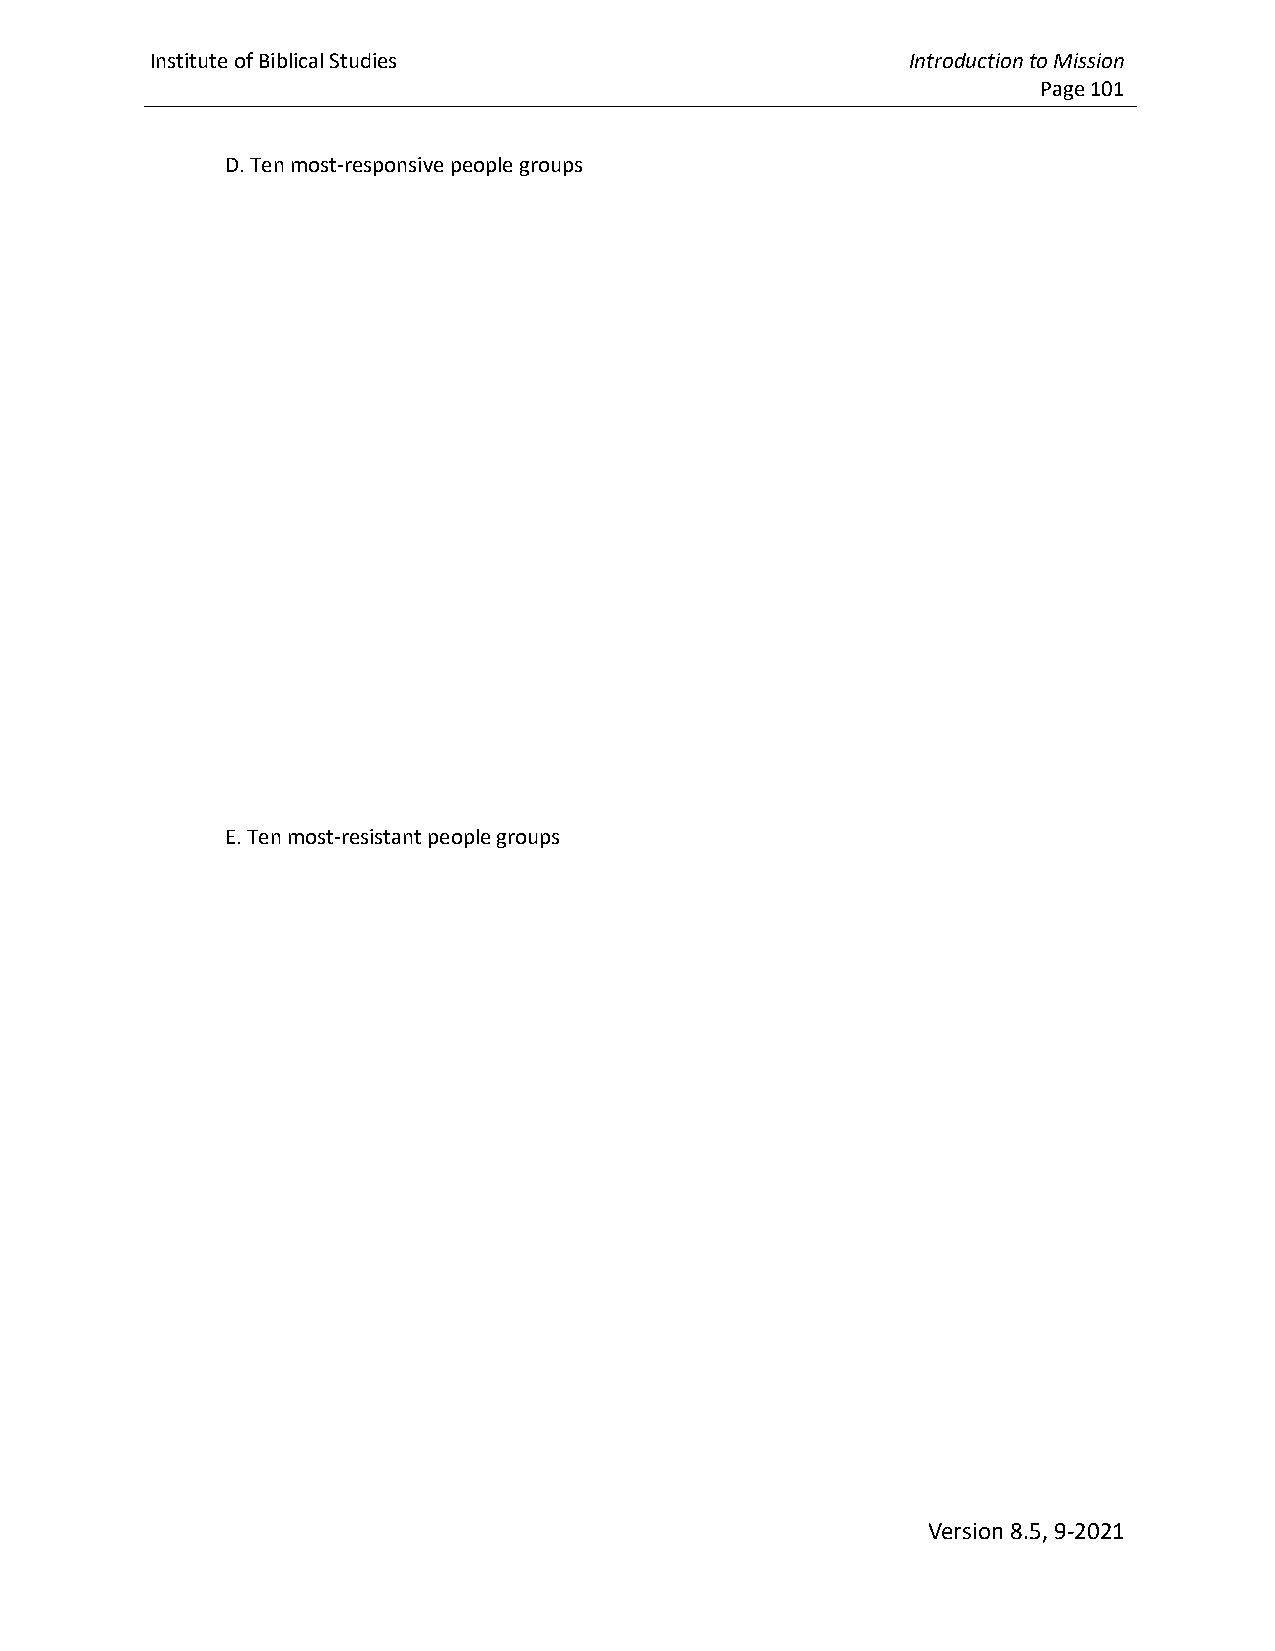
Institute of Biblical Studies                     Introduction to Mission
 Page 101
 D. Ten most-responsive people groups
 E. Ten most-resistant people groups
 Version 8.5, 9-2021